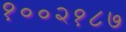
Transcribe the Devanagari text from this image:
१००२१८७